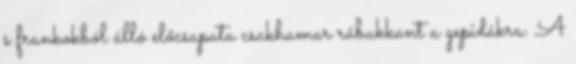
s frankokból álló előcsapata csakhamar rábukkant a gepidákra. A